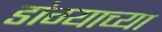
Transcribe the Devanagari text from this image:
डांग्याच्या